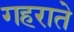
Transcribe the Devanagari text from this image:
गहराते